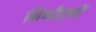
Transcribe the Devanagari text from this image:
निष्पीड़नों